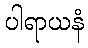
ပါရာယနံ